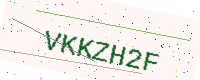
Text: VKKZH2F